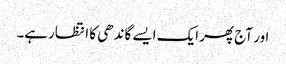
اور آج پھر ایک ایسے گاندھی کا انتظارہے۔